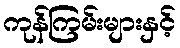
ကုန်ကြမ်းများနှင့်